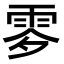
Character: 𩂙